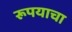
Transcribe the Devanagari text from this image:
रूपयाचा